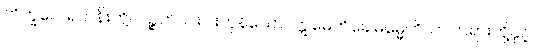
ဘိက္ခဝေ၊ ရဟန်းတို့။ ပဉ္စဟိ၊ ငါးပါးကုန်သော။ ဣမေဟိခေါဓမ္မေဟိ၊ ဤတရားတို့နှင့်။